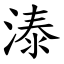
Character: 溙